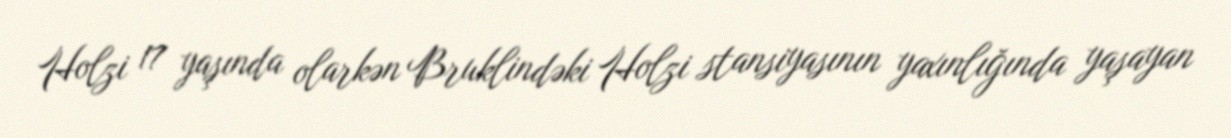
Holzi 17 yaşında olarkən Bruklindəki Holzi stansiyasının yaxınlığında yaşayan